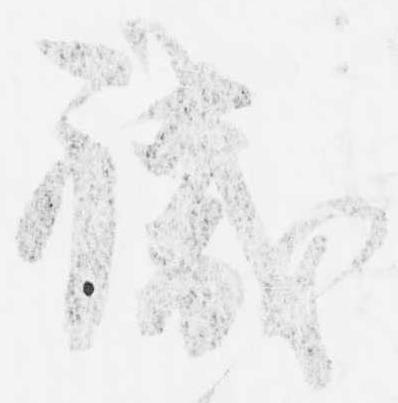
職